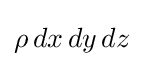
\rho \,dx\,dy\,dz